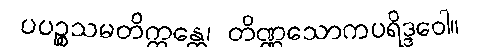
ပပဉ္စသမတိက္ကန္တေ၊ တိဏ္ဏသောကပရိဒ္ဒဝေါ။